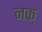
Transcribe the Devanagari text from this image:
नक्